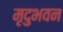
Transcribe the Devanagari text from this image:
मृदुभवन